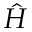
\hat { H }